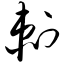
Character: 剃